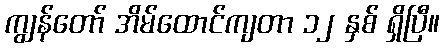
ကျွန်တော် အိမ်ထောင်ကျတာ ၁၂ နှစ် ရှိပြီ။